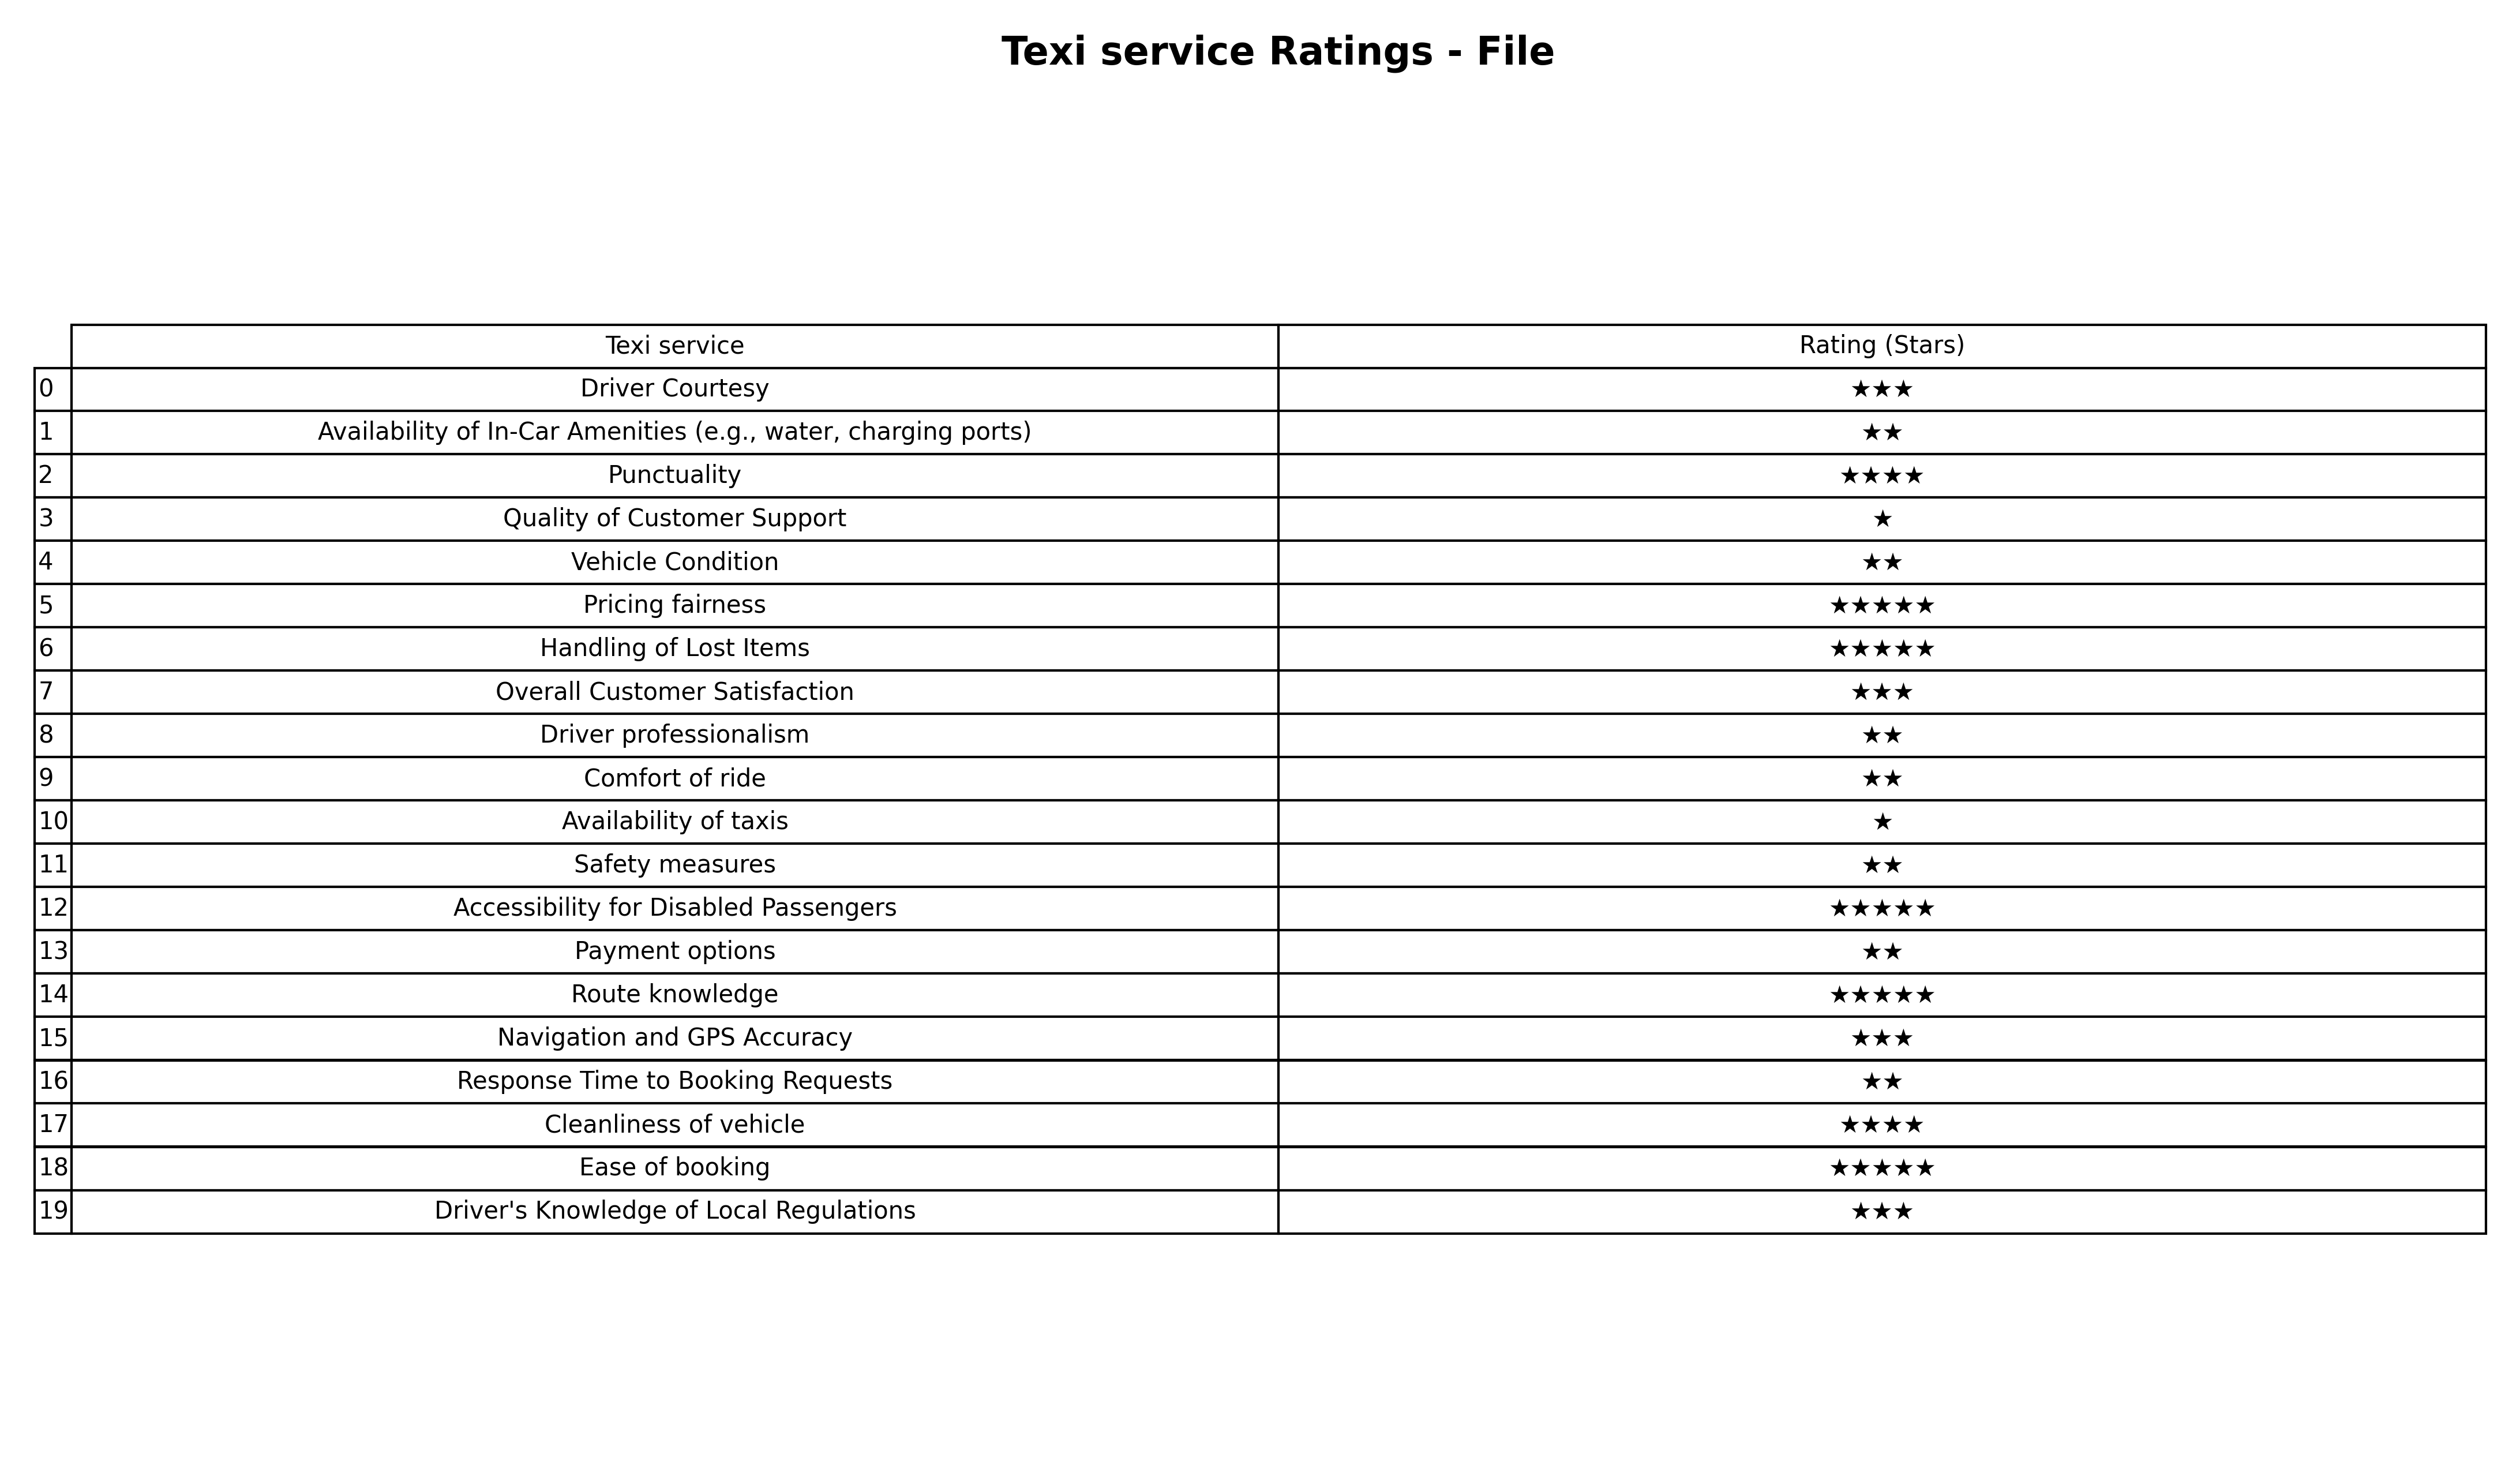
question: What is the rating of Overall Customer Satisfaction?
answer: ★★★